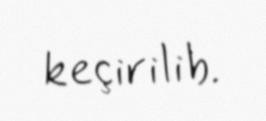
keçirilib.